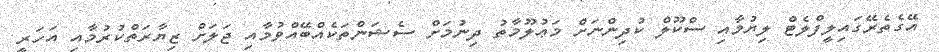
އޭގެތެރޭގައިލީފްލެޓް ލިޔުމާއި ސްކޫލް ކުދިންނަށް މަޢުލޫމާތު ދިނުމަށް ސެޝަންތަކެއްބޭއްވުމާއި ޖަލަށް ޒިޔާރަތްކުރުމާއި އަހަރީ